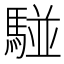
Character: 𩤀